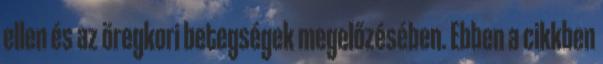
ellen és az öregkori betegségek megelőzésében. Ebben a cikkben